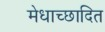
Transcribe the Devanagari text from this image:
मेधाच्छादित